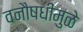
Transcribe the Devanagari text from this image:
वनौषधीमुळे